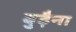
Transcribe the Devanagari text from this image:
बुढ़ैना